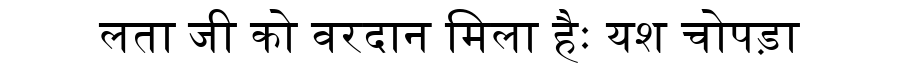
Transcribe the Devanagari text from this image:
लता जी को वरदान मिला हैः यश चोपड़ा